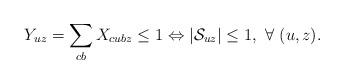
LaTeX: \begin{align*}Y_{uz} = \sum_{cb} X_{cubz} \leq 1 \Leftrightarrow |\mathcal{S}_{uz}| \leq 1, \ \forall \ (u,z).\end{align*}